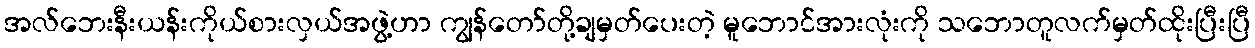
အလ်ဘေးနီးယန်းကိုယ်စားလှယ်အဖွဲ့ဟာ ကျွန်တော်တို့ချမှတ်ပေးတဲ့ မူဘောင်အားလုံးကို သဘောတူလက်မှတ်ထိုးပြီးပြီ